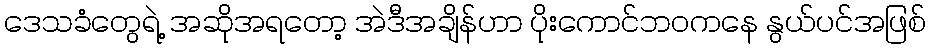
ဒေသခံတွေရဲ့ အဆိုအရတော့ အဲဒီအချိန်ဟာ ပိုးကောင်ဘဝကနေ နွယ်ပင်အဖြစ်